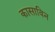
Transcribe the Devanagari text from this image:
कासाविन